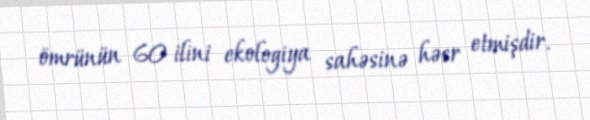
ömrünün 60 ilini ekologiya sahəsinə həsr etmişdir.